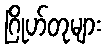
ဂြိုဟ်တုများ